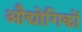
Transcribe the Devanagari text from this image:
औद्योगिकों